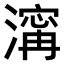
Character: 𣽹